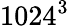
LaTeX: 1024^{3}